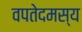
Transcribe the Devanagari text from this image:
वपतेदमस्य